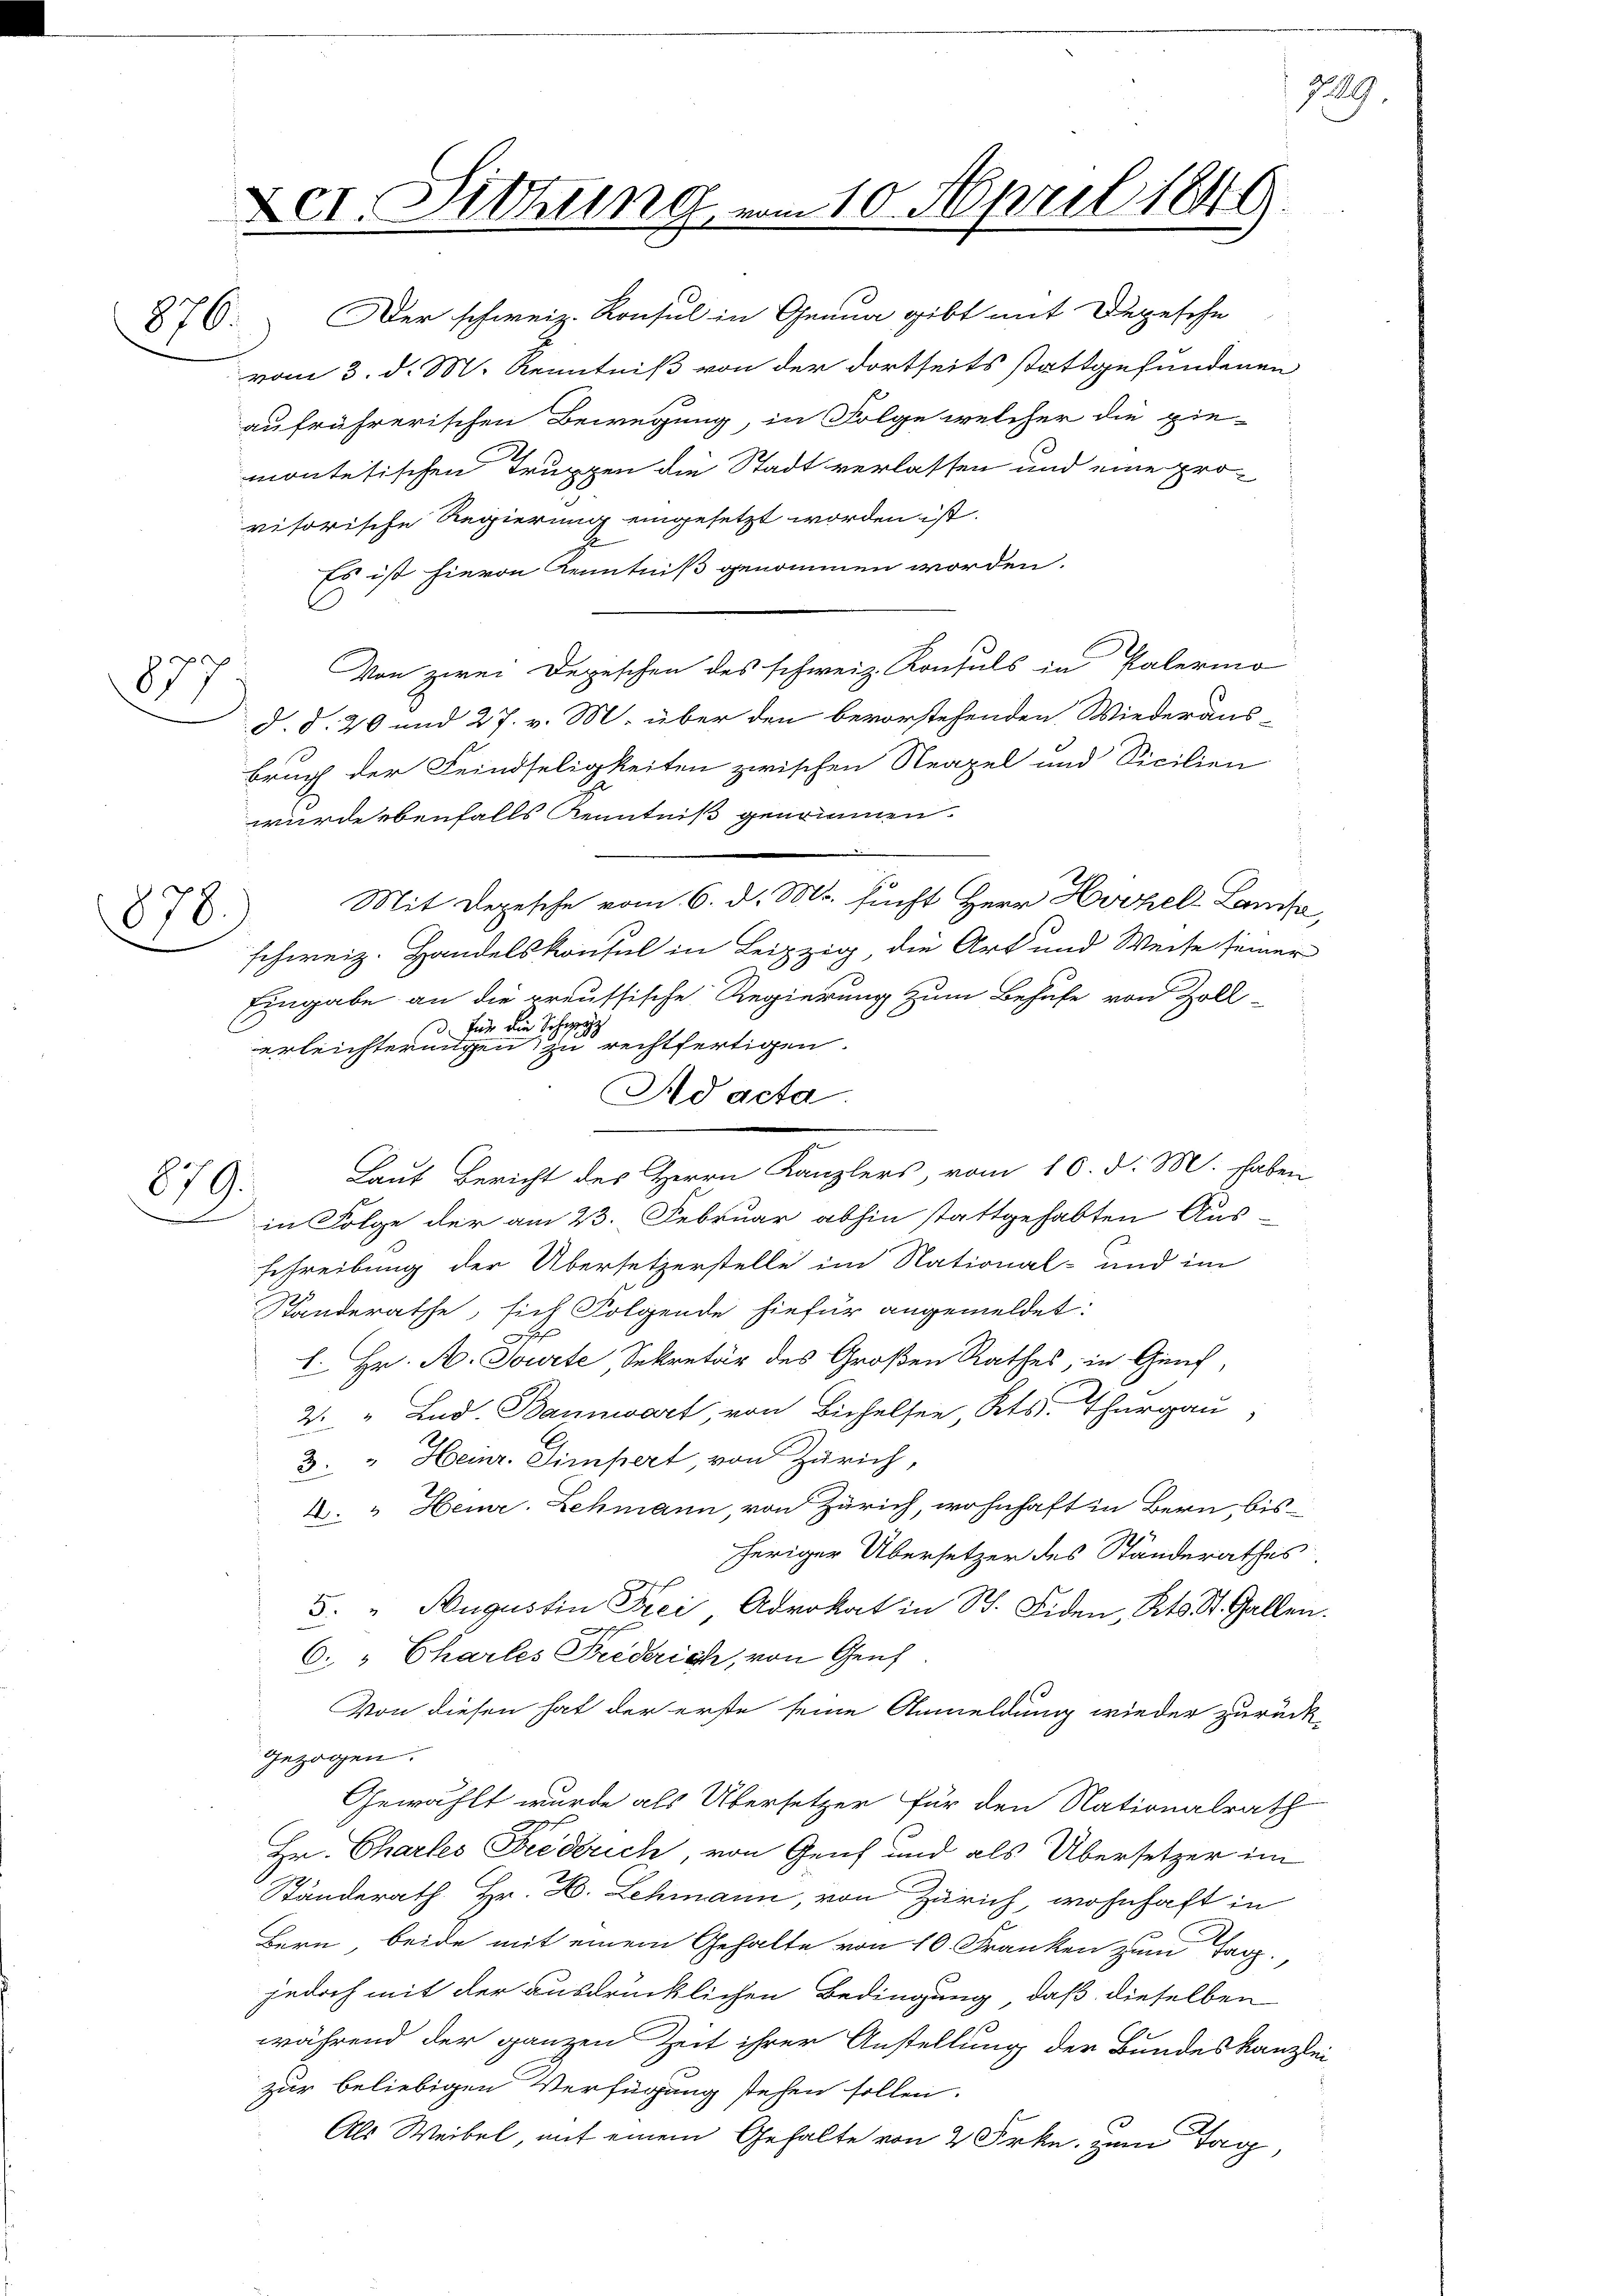
87

878

679.

Der. Sitzung vom 10. April 1849

876. Der schweiz. Konsul in Genua gibt mit Depesche
vom 3. d. M. Kenntniß von der dortseits stattgefundenen
aufrührerischen Bewegung, in Folge welcher die gie-
montesischen Truppen die Stadt verlassen und eine provisorische Regierung eingesetzt worden ist.
J
Es ist hievon Kenntniß genommen worden.
Von zwei Depeschen des schweiz. Konsuls in Palermo
d. d. 20 und 27. v. M. über den bevorstehenden Wiederaus-
bruch der Feindseligkeiten zwischen Neapel und Sicilien
wurde ebenfalls Kenntniß genommen.
Mit Depesche vom 6. d. M. sucht Herr Hotel Lausa,
schweiz. Handelskonsul in Leipzig die Art und Weise seiner
Eingabe an die preussische Regierung zum Behufe von Zoll-
. für die Sch
erleichterungen, zu rechtfertigen.
in Folge der am 23. Februar abhin stattgehabten Aus-
schreibung der Übersetzerstelle im National- und im
Standerathe, sich Folgende hiefür angemeldet:
l. Hr. A. Sowete Sekretär des Großen Rathes, in Genf,
2. " Lud. Bannwart, von Bichelsee, Kts. Thurgau,
3. " Heinr. Simpert von Zürich,
A. " Heinr. Lehmann, von Zürich, wohnhaft in Bern, bisheriger Übersetzer des Standerathes
5. " Augustin Frei, Advokat in St. Fiden, Kts. St. Gallen.
6. Chartes Freiderich, von Genf
Von diesen hat der erste seine Anmeldung wieder zurück-
gezogen.
Gewählt wurde als Übersetzer für den Nationalrath
Hr. Charles Friderich, von Genf und als Übersetzer im
Ständerath Hr. H. Lehmann, von Zürich, wohnhaft in
Bern, beide mit einem Gehalte von 10 Franken zum Tag.
jedoch mit der ausdrücklichen Bedingung, daß dieselben
während der ganzen Zeit ihrer Anstellung der Bundeskanzlei
zur beliebigen Verfügung stehen sollen.
Als Weibel, auf einem Gehalte von 2 Frkn. zum Tag,

Ad acta
Laut Bericht des Herrn Kanzlers, vom 16. d. M. haben

749.